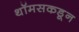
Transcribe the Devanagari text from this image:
थॉमसकडून